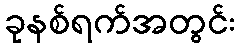
ခုနစ်ရက်အတွင်း